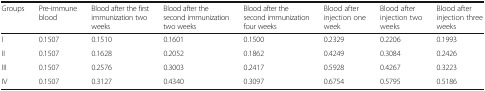
<table><thead><tr><td><b>Groups</b></td><td><b>Pre-immune blood</b></td><td><b>Blood after the first immunization two weeks</b></td><td><b>Blood after the second immunization two weeks</b></td><td><b>Blood after the second immunization four weeks</b></td><td><b>Blood after injection one week</b></td><td><b>Blood after injection two weeks</b></td><td><b>Blood after injection three weeks</b></td></tr></thead><tbody><tr><td>I</td><td>0.1507</td><td>0.1510</td><td>0.1601</td><td>0.1500</td><td>0.2329</td><td>0.2206</td><td>0.1993</td></tr><tr><td>II</td><td>0.1507</td><td>0.1628</td><td>0.2052</td><td>0.1862</td><td>0.4249</td><td>0.3084</td><td>0.2426</td></tr><tr><td>III</td><td>0.1507</td><td>0.2576</td><td>0.3003</td><td>0.2417</td><td>0.5928</td><td>0.4267</td><td>0.3223</td></tr><tr><td>IV</td><td>0.1507</td><td>0.3127</td><td>0.4340</td><td>0.3097</td><td>0.6754</td><td>0.5795</td><td>0.5186</td></tr></tbody></table>